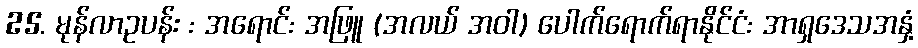
25. မုန်လာဥပန်း : အရောင်: အဖြူ (အလယ် အဝါ) ပေါက်ရောက်ရာနိုင်ငံ: အာရှဒေသအနှံ့